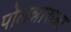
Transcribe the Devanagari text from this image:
पोलन्नारुआ